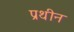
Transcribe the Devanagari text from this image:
प्रथीन